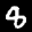
Label: 8